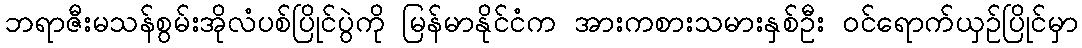
ဘရာဇီးမသန်စွမ်းအိုလံပစ်ပြိုင်ပွဲကို မြန်မာနိုင်ငံက အားကစားသမားနှစ်ဦး ဝင်ရောက်ယှဉ်ပြိုင်မှာ